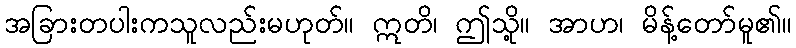
အခြားတပါးကသူလည်းမဟုတ်။ ဣတိ၊ ဤသို့။ အာဟ၊ မိန့်တော်မူ၏။